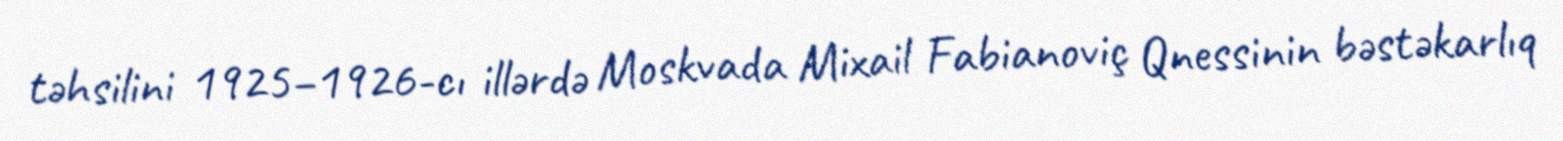
təhsilini 1925–1926-cı illərdə Moskvada Mixail Fabianoviç Qnessinin bəstəkarlıq